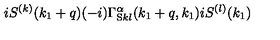
i S ^ { ( k ) } ( k _ { 1 } + q ) ( - i ) \Gamma _ { \mathrm { S } k l } ^ { \alpha } ( k _ { 1 } + q , k _ { 1 } ) i S ^ { ( l ) } ( k _ { 1 } )